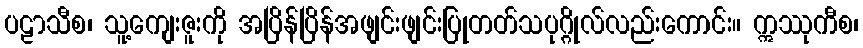
ပဠာသီစ၊ သူ့ကျေးဇူးကို အပြိန်ပြိန်အဖျင်းဖျင်းပြုတတ်သပုဂ္ဂိုလ်လည်းကောင်း။ ဣဿုကီစ၊